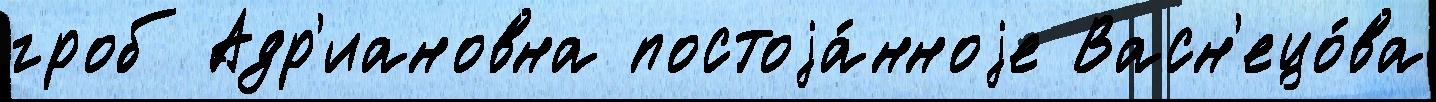
гроб Адр'иановна постоjа́нноjе Васн'ецо́ва